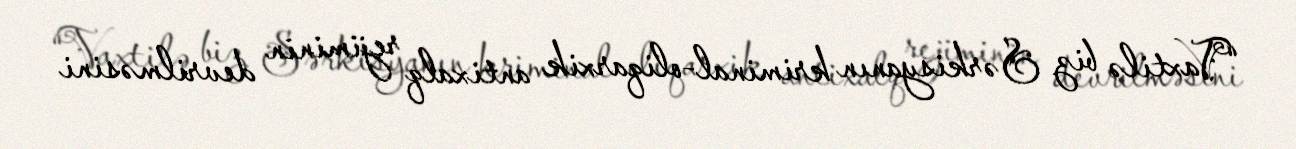
“Vaxtilə biz Sərkisyanın kriminal-oliqarxik antixalq rejiminin devrilməsini